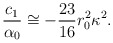
\begin{align*}\frac{c_1}{\alpha_0} \cong - \frac{23}{16}r_0^2\kappa^2.\end{align*}